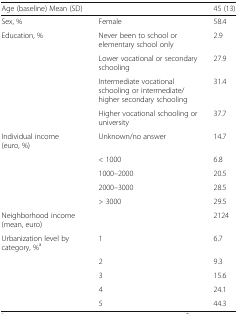
| Age (baseline) Mean (SD) |  | 45 (13) |
 | --- | --- | --- |
 | Sex, % | Female | 58.4 |
 | Education, % | Never been to school or elementary school only | 2.9 |
 |  | Lower vocational or secondary schooling | 27.9 |
 |  | Intermediate vocational schooling or intermediate/higher secondary schooling | 31.4 |
 |  | Higher vocational schooling or university | 37.7 |
 | Individual income (euro, %) | Unknown/no answer | 14.7 |
 |  | < 1000 | 6.8 |
 |  | 1000–2000 | 20.5 |
 |  | 2000–3000 | 28.5 |
 |  | > 3000 | 29.5 |
 | Neighborhood income (mean, euro) |  | 2124 |
 | Urbanization level by category, %a | 1 | 6.7 |
 |  | 2 | 9.3 |
 |  | 3 | 15.6 |
 |  | 4 | 24.1 |
 |  | 5 | 44.3 |